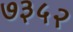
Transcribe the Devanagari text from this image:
७३५२